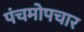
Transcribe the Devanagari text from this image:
पंचमोपचार